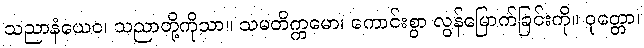
သညာနံယေဝ၊ သညာတို့ကိုသာ။ သမတိက္ကမော၊ ကောင်းစွာ လွန်မြောက်ခြင်းကို။ ဝုတ္တော၊